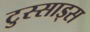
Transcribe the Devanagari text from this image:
टुस्साड्स